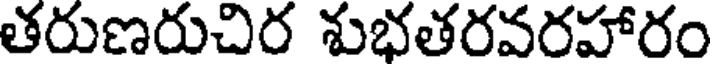
తరుణరుచిర శుభతరవరహారం